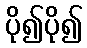
ပို၍ပို၍